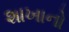
શાખાનો